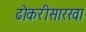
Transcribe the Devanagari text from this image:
ढोकरीसारखा